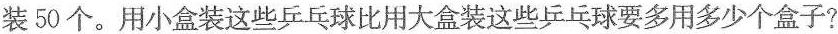
装50个。用小盒装这些乒乓球比用大盒装这些乒乓球要多用多少个盒子?